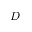
D